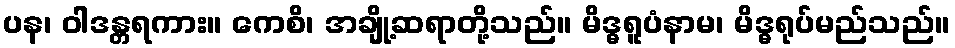
ပန၊ ဝါဒန္တရကား။ ကေစိ၊ အချို့ဆရာတို့သည်။ မိဒ္ဓရူပံနာမ၊ မိဒ္ဓရုပ်မည်သည်။